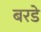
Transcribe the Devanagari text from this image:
बरडे